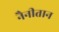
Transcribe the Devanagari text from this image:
नैनीतान